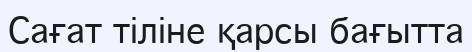
Сағат тіліне қарсы бағытта